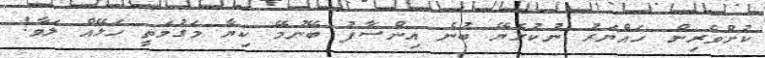
ކުށްވެރިން ހައްޔަރު ނުކުރެޔޭ ބުނެ އިންސާފު ބޭނުމޭ ކިޔާ މަގުމަތީ ހަޅޭއް ލަވާ!